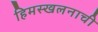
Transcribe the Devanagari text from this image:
हिमस्खलनाची